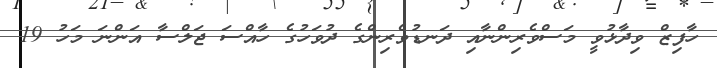
ހާފިޒް ވިދާޅުވީ މަސްވެރިންނާއި ދަނޑުވެރިންގެ ދުވަހުގެ ހާއްސަ ޖަލްސާ އަންނަ މަހު 19